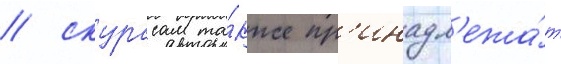
/ скурасам та́кже пр'инадл'ежа́т